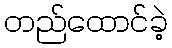
တည်ထောင်ခဲ့